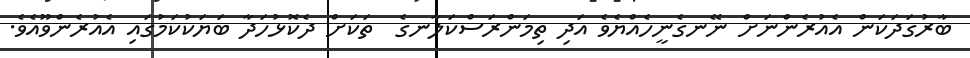
ބާރުގަދަކަން އެއުރެންނަށް ނޭނގެނީހެއްޔެވެ އަދި ތިމަންރަސްކަލާނގެ  ތަކަށް ދެކޮޅުހަދާ ބަޔަކުކަމުގައި އެއުރެންވޫއެވެ.